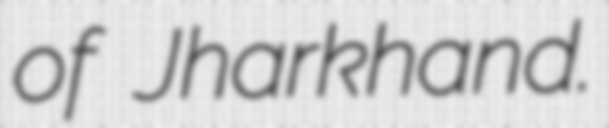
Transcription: of Jharkhand.